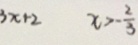
3 x + 2 x > - \frac { 2 } { 3 }